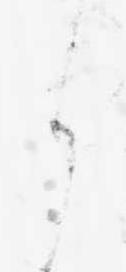
ら